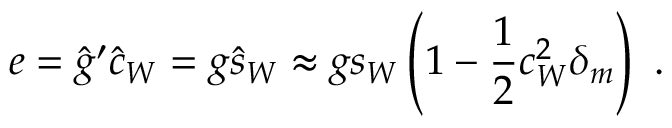
e = \hat { g } ^ { \prime } \hat { c } _ { W } = g \hat { s } _ { W } \approx g s _ { W } \left( 1 - \frac { 1 } { 2 } c _ { W } ^ { 2 } \delta _ { m } \right) \ .